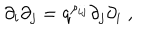
\partial _ { i } \partial _ { j } = q ^ { \rho _ { i j } } \partial _ { j } \partial _ { i } \; ,